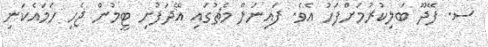
ސ. ފޭދޫ ބަލިކުރުމަށްފަހު އެވެ. ފައިނަލް މެޗުގައި އޭދަފުށި ޓީމުން ޖެހި ހަމައެކަނި